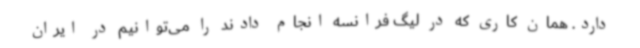
دارد. همان کاری که در لیگ فرانسه انجام دادند را می‌توانیم در ایران